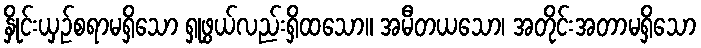
နှိုင်းယှဉ်စရာမရှိသော ရှုဖွယ်လည်းရှိထသော။ အမီတယသော၊ အတိုင်းအတာမရှိသော